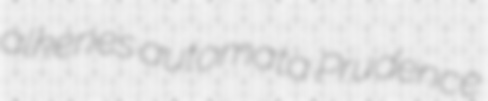
alkenes automata Prudence